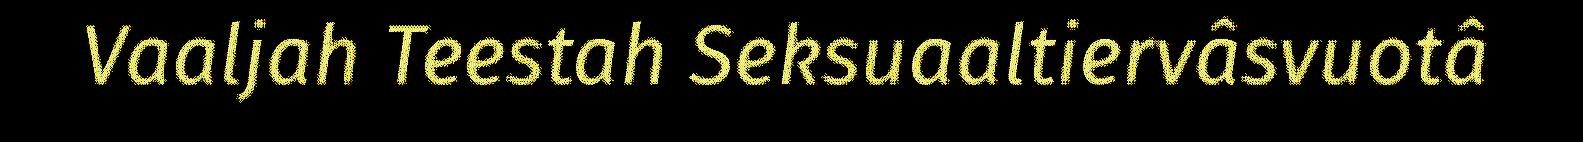
Vaaljah Teestah Seksuaaltiervâsvuotâ